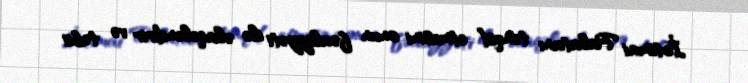
İctimai Palatanı tənqid etməsini onun fəaliyyəti ilə əlaqələndirir və təbii